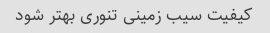
کیفیت سیب زمینی تنوری بهتر شود